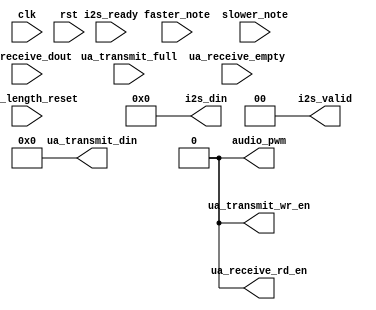
module piano_fsm #(
    parameter I2S_BIT_DEPTH = 16
    )(
    input clk,  // 125 MHz clock as usual
    input rst,
    
    input faster_note,
    input slower_note,
    input note_length_reset,

    output [7:0] ua_transmit_din,
    output ua_transmit_wr_en,
    input ua_transmit_full,

    input [7:0] ua_receive_dout,
    input ua_receive_empty,
    output ua_receive_rd_en,

    output [I2S_BIT_DEPTH-1:0] i2s_din,
    output [1:0] i2s_valid,
    input [1:0] i2s_ready,

    output audio_pwm
);
    assign audio_pwm = 1'b0;
    assign ua_transmit_din = 0;
    assign ua_transmit_wr_en = 0;
    assign ua_receive_rd_en = 0;
    assign i2s_din = 0;
    assign i2s_valid = 0;
endmodule